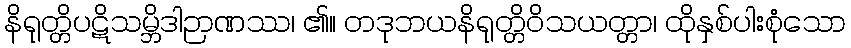
နိရုတ္တိပဋိသမ္ဘိဒါဉာဏဿ၊ ၏။ တဒုဘယနိရုတ္တိဝိသယတ္တာ၊ ထိုနှစ်ပါးစုံသော